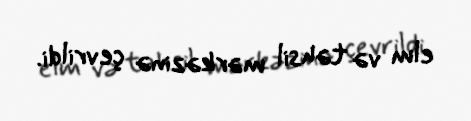
elm və təhsil mərkəzinə çevrildi.